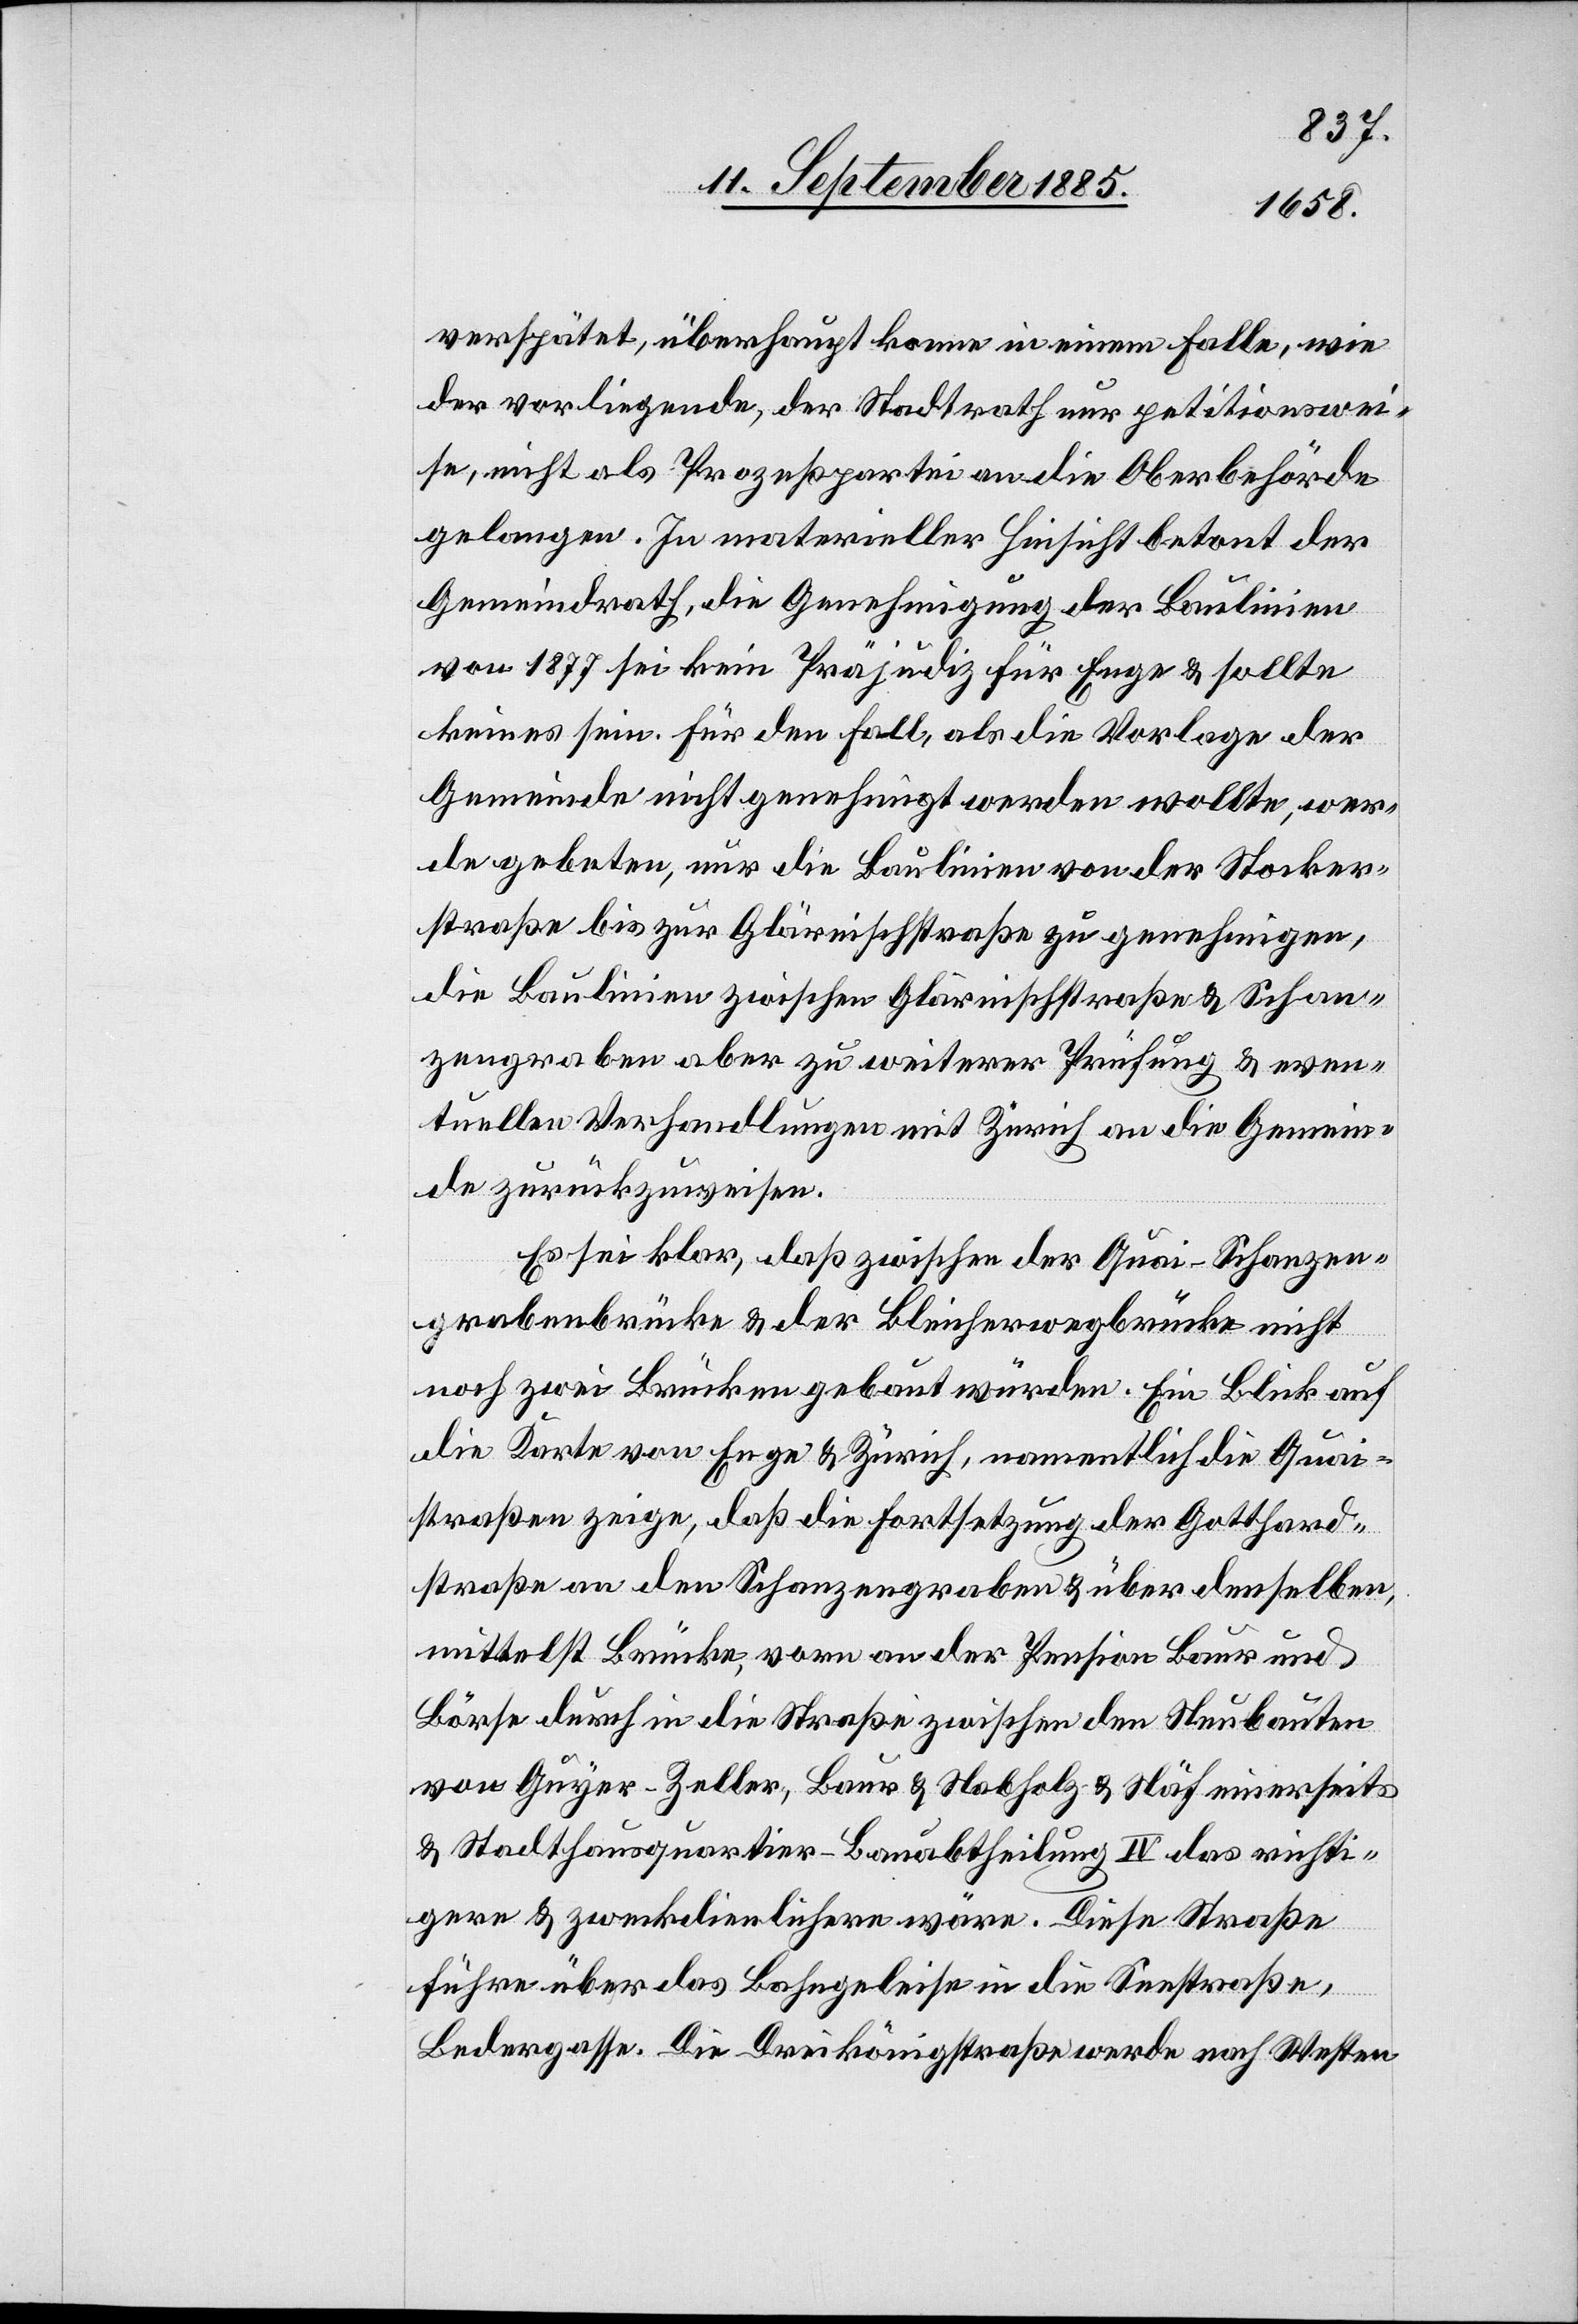
verspätet, überhaupt könne in einem Falle, wie
der vorliegende, der Stadtrath nur petitionswei¬
se, nicht als Prozeßpartei an die Oberbehörde
gelangen. In materieller Hinsicht betont der
Gemeindrath die Genehmigung der Baulinien
von 1877 sei kein Präjudiz für Enge & sollte
keines sein. Für den Fall, als die Vorlage der
Gemeinde nicht genehmigt werden wollte, wer¬
de gebeten, nur die Baulinien von der Stocker¬
straße bis zur Glärnischstraße zu genehmigen,
die Baulinien zwischen Glärnischstraße & Schan¬
zengraben aber zu weiterer Prüfung & even¬
tuellen Verhandlungen mit Zürich an die Gemein¬
de zurückzuweisen.
Es sei klar, daß zwischen der Quai-Schanzen¬
grabenbrücke & der Bleicherwegbrücke nicht
noch zwei Brücken gebaut würden. Ein Blick auf
die Karte von Enge & Zürich, namentlich die Quai¬
straße zeige, daß die Forstsetzung der Gotthard¬
straße an den Schanzengraben & über denselben
mittelst Brücke, vorn an der Pension Baur und
Börse durch in die Straße zwischen den Neubauten
von Guyer-Zeller, Baur & Nabholz & Näf einerseits
& Stadthausquartier-Bauabtheilung IV das richti¬
gere & zweckdienlichere wäre. Diese Straße
führe über das Bahngeleise in die Seestraße,
Bedergasse. Die Dreikönigstraße werde nach Westen